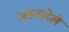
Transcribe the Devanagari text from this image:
जडवलेले